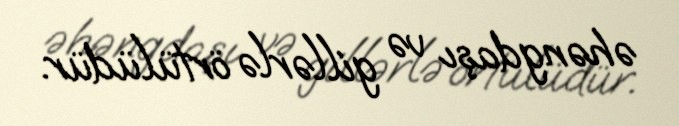
əhəngdaşı və gillərlə örtülüdür.